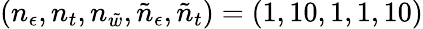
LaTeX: \left(n_{\epsilon},n_{t},n_{\tilde{w}},\tilde{n}_{\epsilon},\tilde{n}_{t}\right)=(1,10,1,1,10)